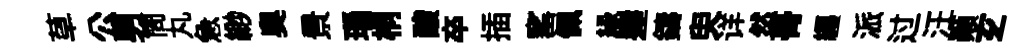
草公男筒丸急緲奧景瑙桐酸卒插窰佩縁嵳鑄臾详然𮌔纒派过汪顚𤣥